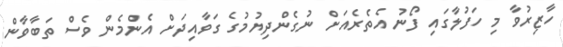
ހާޒިރުވާ މި ހަފުލާގައި ފޯނު އެތެރެއަށް ނުގެންދިޔުމުގެ ގަވާއިދަށް އެންމެން ވެސް ތަބާވާން